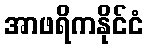
အာဖရိကနိုင်ငံ